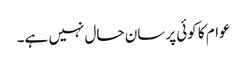
عوام کا کوئی پرسان حال نہیں ہے۔